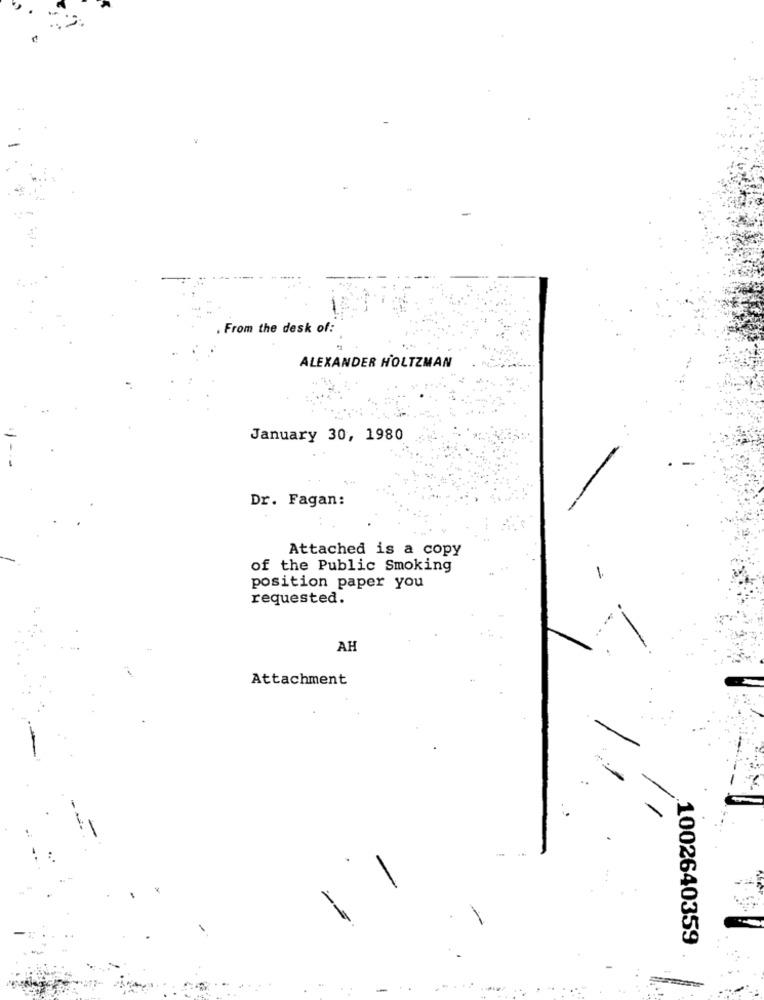
From the desk of:
ALEXANDER HOLTZMAN
January 30, 1980
Dr. Fagan:
Attached is a copy
of the Public Smoking
position paper you
requested.
AH
Attachment
1002640359